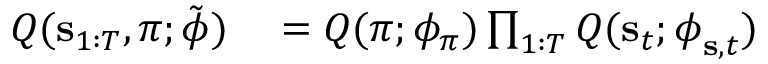
\begin{array} { r l } { Q ( \mathbf { s } _ { 1 : T } , \pi ; \tilde { \boldsymbol { \phi } } ) } & { { } = Q ( \pi ; \phi _ { \pi } ) \prod _ { 1 : T } Q ( \mathbf { s } _ { t } ; \boldsymbol { \phi } _ { \mathbf { s } , t } ) } \end{array}